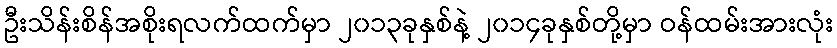
ဦးသိန်းစိန်အစိုးရလက်ထက်မှာ ၂၀၁၃ခုနှစ်နဲ့ ၂၀၁၄ခုနှစ်တို့မှာ ဝန်ထမ်းအားလုံး